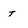
Character: t